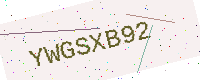
Text: YWGSXB92